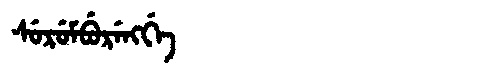
Manchu: ᠰᡠᡵᡠᠮᠪᡠᡵᡝᠩᡤᡝ
Romanization: SURUMBURENGGE